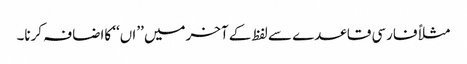
مثلاً فارسی قاعدے سے لفظ کے آخرمیں ’’اں‘‘ کااضافہ کرنا۔